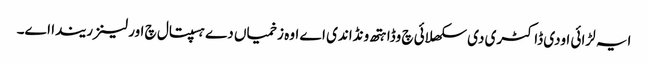
ایہ لڑائی اودی ڈاکٹری دی سکھلائی چ وڈا ہتھ ونڈاندی اے اوہ زخمیاں دے ہسپتال چ اورلینز ریندا اے۔